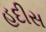
હદીસ